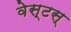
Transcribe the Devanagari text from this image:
वेस्टस्‌